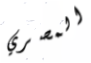
المصري